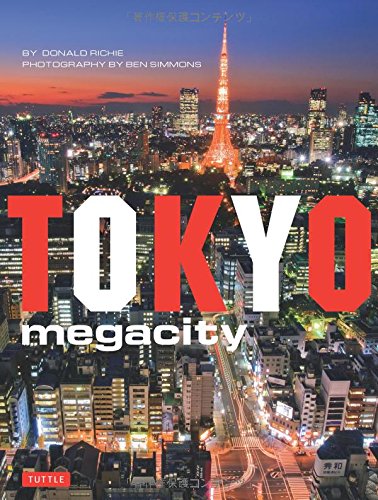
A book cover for Tokyo Megacity; Donald Richie; Travel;